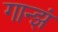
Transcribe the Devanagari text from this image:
गान्झं